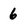
Character: 6